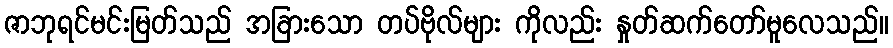
ဇာဘုရင်မင်းမြတ်သည် အခြားသော တပ်ဗိုလ်များ ကိုလည်း နှုတ်ဆက်တော်မူလေသည်။